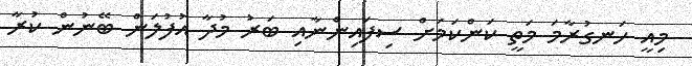
މިއީ ހަނގުރާމަ މަތީ ކަންކަމަށް ސިފައިންނާއި ބަރު މުދާ އުފުލަން ބޭނުން ކުރާ